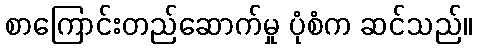
စာကြောင်းတည်ဆောက်မှု ပုံစံက ဆင်သည်။